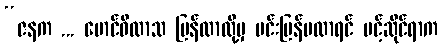
“ဇနက ... မောင်ဝိလာသ ပြန်လာလို့မှ မင်းပြန်မလာရင် မင့်ဆိုင်ရာက